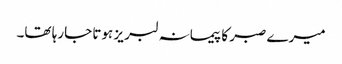
میرے صبر کا پیمانہ لبر یز ہوتا جارہا تھا۔